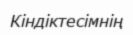
Кіндіктесімнің